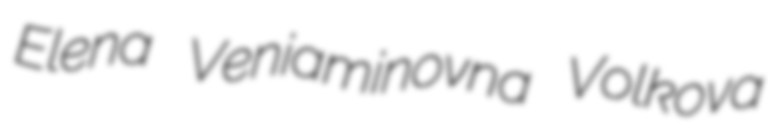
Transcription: Elena Veniaminovna Volkova